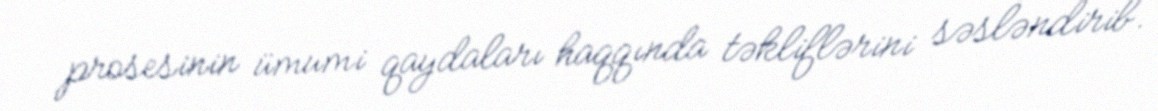
prosesinin ümumi qaydaları haqqında təkliflərini səsləndirib.